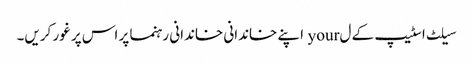
سیلٹ اسٹیپ کے ل your اپنے خاندانی خاندانی رہنما پر اس پر غور کریں۔